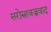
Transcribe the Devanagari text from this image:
सरोरुहवज्रवाद